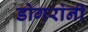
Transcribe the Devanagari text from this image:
डोगरांनी